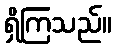
ရှိကြသည်။